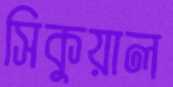
সিকুয়াল